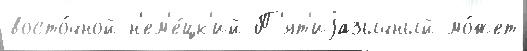
восто́чной н'ем'е́цк'ий П'ят'иjазычный мо́жет